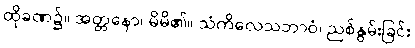
ထိုခဏ၌။ အတ္တနော၊ မိမိ၏။ သံကိလေသဘာဝံ၊ ညစ်နွမ်းခြင်း